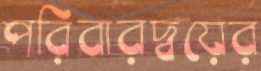
পরিবারদ্বয়ের